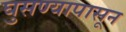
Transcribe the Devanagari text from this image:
घुसण्यापासून